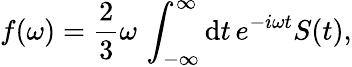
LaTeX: f(\omega)=\frac{2}{3}\omega\, \int_{-\infty}^{\infty}\mathrm{d}t\, e^{-i\omega t}S(t),